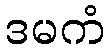
ဒမကံ